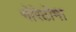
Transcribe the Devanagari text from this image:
गोरेटोमा